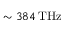
\sim 3 8 4 \, \mathrm { T H z }